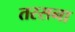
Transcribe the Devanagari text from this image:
तरसना